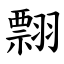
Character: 翲